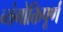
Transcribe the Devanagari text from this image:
व्यंगोक्तिपूर्ण